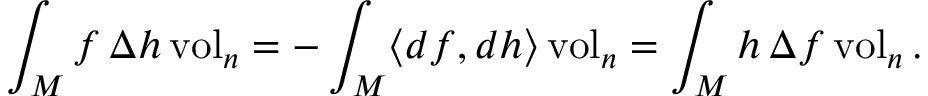
\int _ { M } f \, \Delta h \operatorname { v o l } _ { n } = - \int _ { M } \langle d f , d h \rangle \operatorname { v o l } _ { n } = \int _ { M } h \, \Delta f \operatorname { v o l } _ { n } .